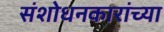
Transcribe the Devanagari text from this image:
संशोधनकारांच्या